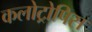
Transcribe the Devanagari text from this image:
कलोट्रोपिस